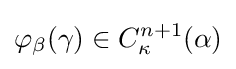
\varphi _{\beta }(\gamma )\in C_{\kappa }^{n+1}(\alpha )